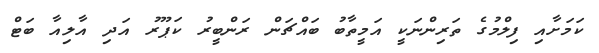
ކަމަށާއި ފިލްމުގެ ތަރިންނަކީ އަމީތާބު ބައްޗަން ރަންބީރު ކަޕޫރު އަދި އާލިއާ ބަޓް